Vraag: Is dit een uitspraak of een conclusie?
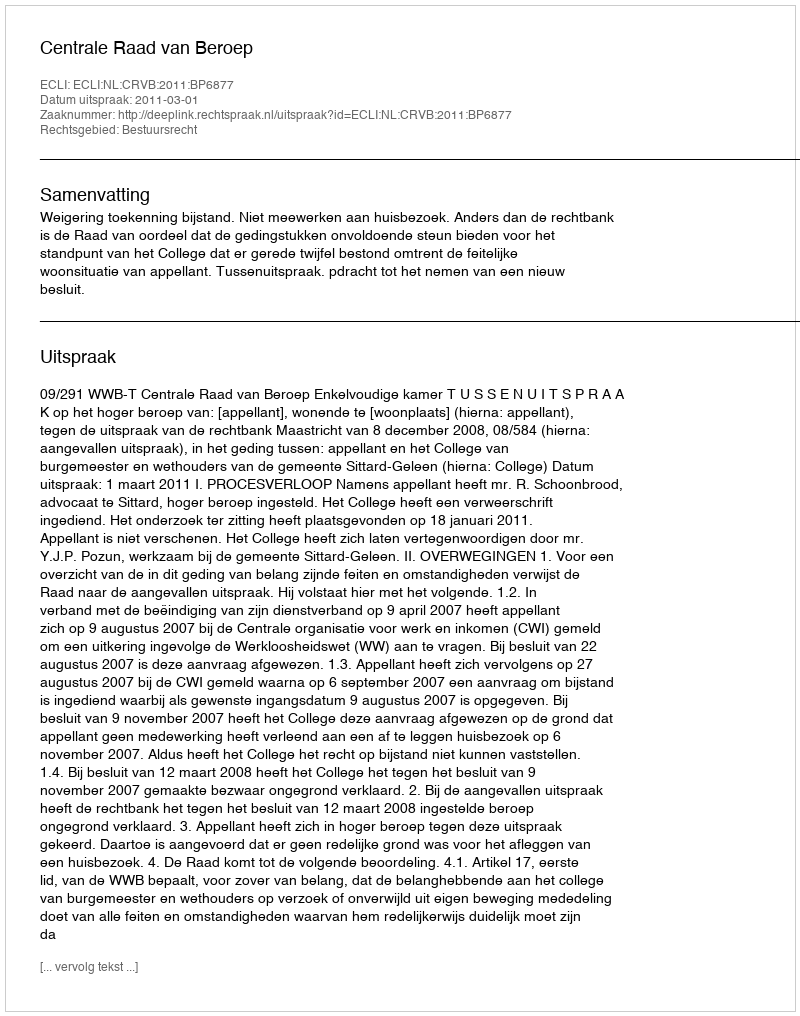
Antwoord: Uitspraak